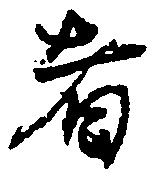
者